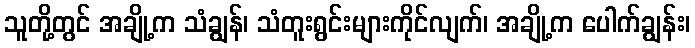
သူတို့တွင် အချို့က သံချွန်၊ သံတူးရွင်းများကိုင်လျက်၊ အချို့က ပေါက်ချွန်း၊